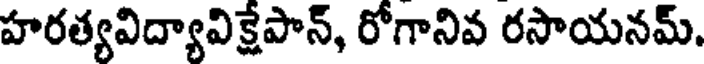
హరత్యవిద్యావిక్షేపాన్, రోగానివ రసాయనమ్.